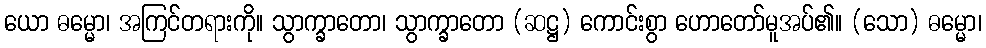
ယော ဓမ္မော၊ အကြင်တရားကို။ သွာက္ခာတော၊ သွာက္ခာတော (ဆဋ္ဌ) ကောင်းစွာ ဟောတော်မူအပ်၏။ (သော) ဓမ္မော၊